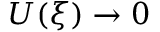
U ( \xi ) \to 0